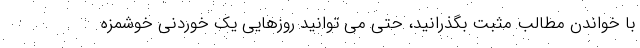
با خواندن مطالب مثبت بگذرانید، حتی می توانید روزهایی یک خوردنی خوشمزه